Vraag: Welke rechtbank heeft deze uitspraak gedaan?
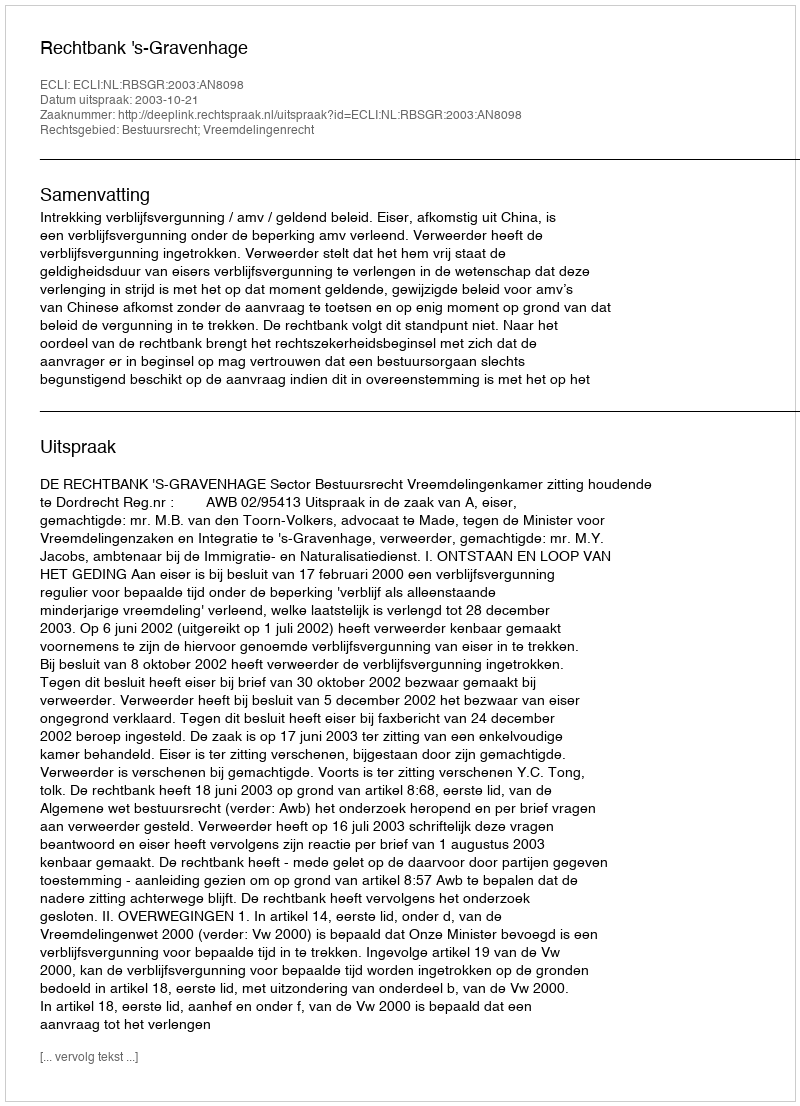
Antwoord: Rechtbank 's-Gravenhage